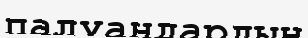
палуандардың